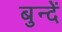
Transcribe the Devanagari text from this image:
बुन्दें